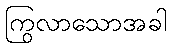
ကြွလာသောအခါ